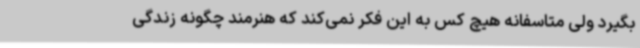
بگیرد ولی متاسفانه هیچ کس به این فکر نمی‌کند که هنرمند چگونه زندگی